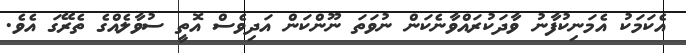
އެކަމަކު އެމަނިކުފާނު ވާދަކުރައްވާނެކަން ނުވަތަ ނޫންކަން އަދިވެސް އޮތީ ސުވާލެއްގެ ތެރޭގަ އެވެ.